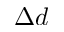
\Delta d